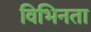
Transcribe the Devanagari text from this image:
विभिनता